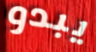
يبدو